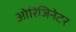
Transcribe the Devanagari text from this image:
ओरिजिनेटर